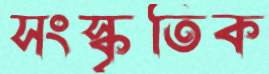
সংস্কৃতিক